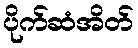
ပိုက်ဆံအိတ်